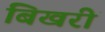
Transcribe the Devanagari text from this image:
बिखरीं